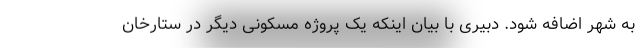
به شهر اضافه شود. دبیری با بیان اینکه یک پروژه‌ مسکونی دیگر در ستارخان